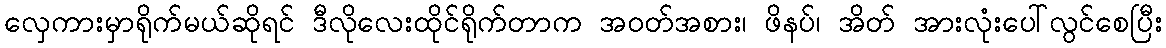
လှေကားမှာရိုက်မယ်ဆိုရင် ဒီလိုလေးထိုင်ရိုက်တာက အဝတ်အစား၊ ဖိနပ်၊ အိတ် အားလုံးပေါ်လွင်စေပြီး